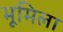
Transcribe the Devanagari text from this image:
भूमिला